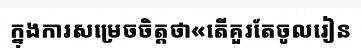
ក្នុងការសម្រេចចិត្តថា«តើគួរតែចូលរៀន